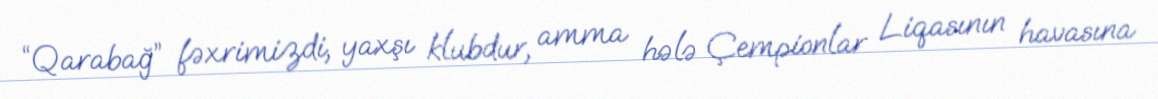
“Qarabağ” fəxrimizdi, yaxşı klubdur, amma hələ Çempionlar Liqasının havasına